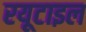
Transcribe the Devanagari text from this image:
रयूटाइल